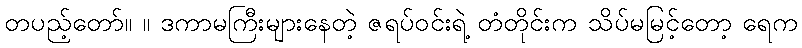
တပည့်တော်။ ။ ဒကာမကြီးများနေတဲ့ ဇရပ်ဝင်းရဲ့ တံတိုင်းက သိပ်မမြင့်တော့ ရေက